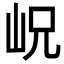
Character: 岲